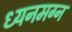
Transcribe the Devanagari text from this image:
ध्‍यनमग्‍न